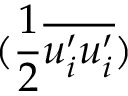
( \frac { 1 } { 2 } \overline { { u _ { i } ^ { \prime } u _ { i } ^ { \prime } } } )